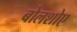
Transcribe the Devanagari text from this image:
बोलशोए